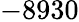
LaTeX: -8930